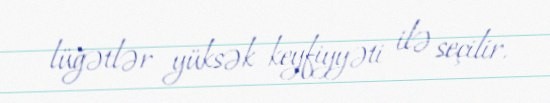
lüğətlər yüksək keyfiyyəti ilə seçilir.